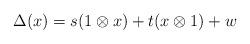
LaTeX: \begin{align*}\Delta(x)=s(1\otimes x)+t(x\otimes 1)+w\end{align*}